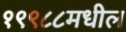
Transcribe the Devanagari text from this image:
१९९८८मधील